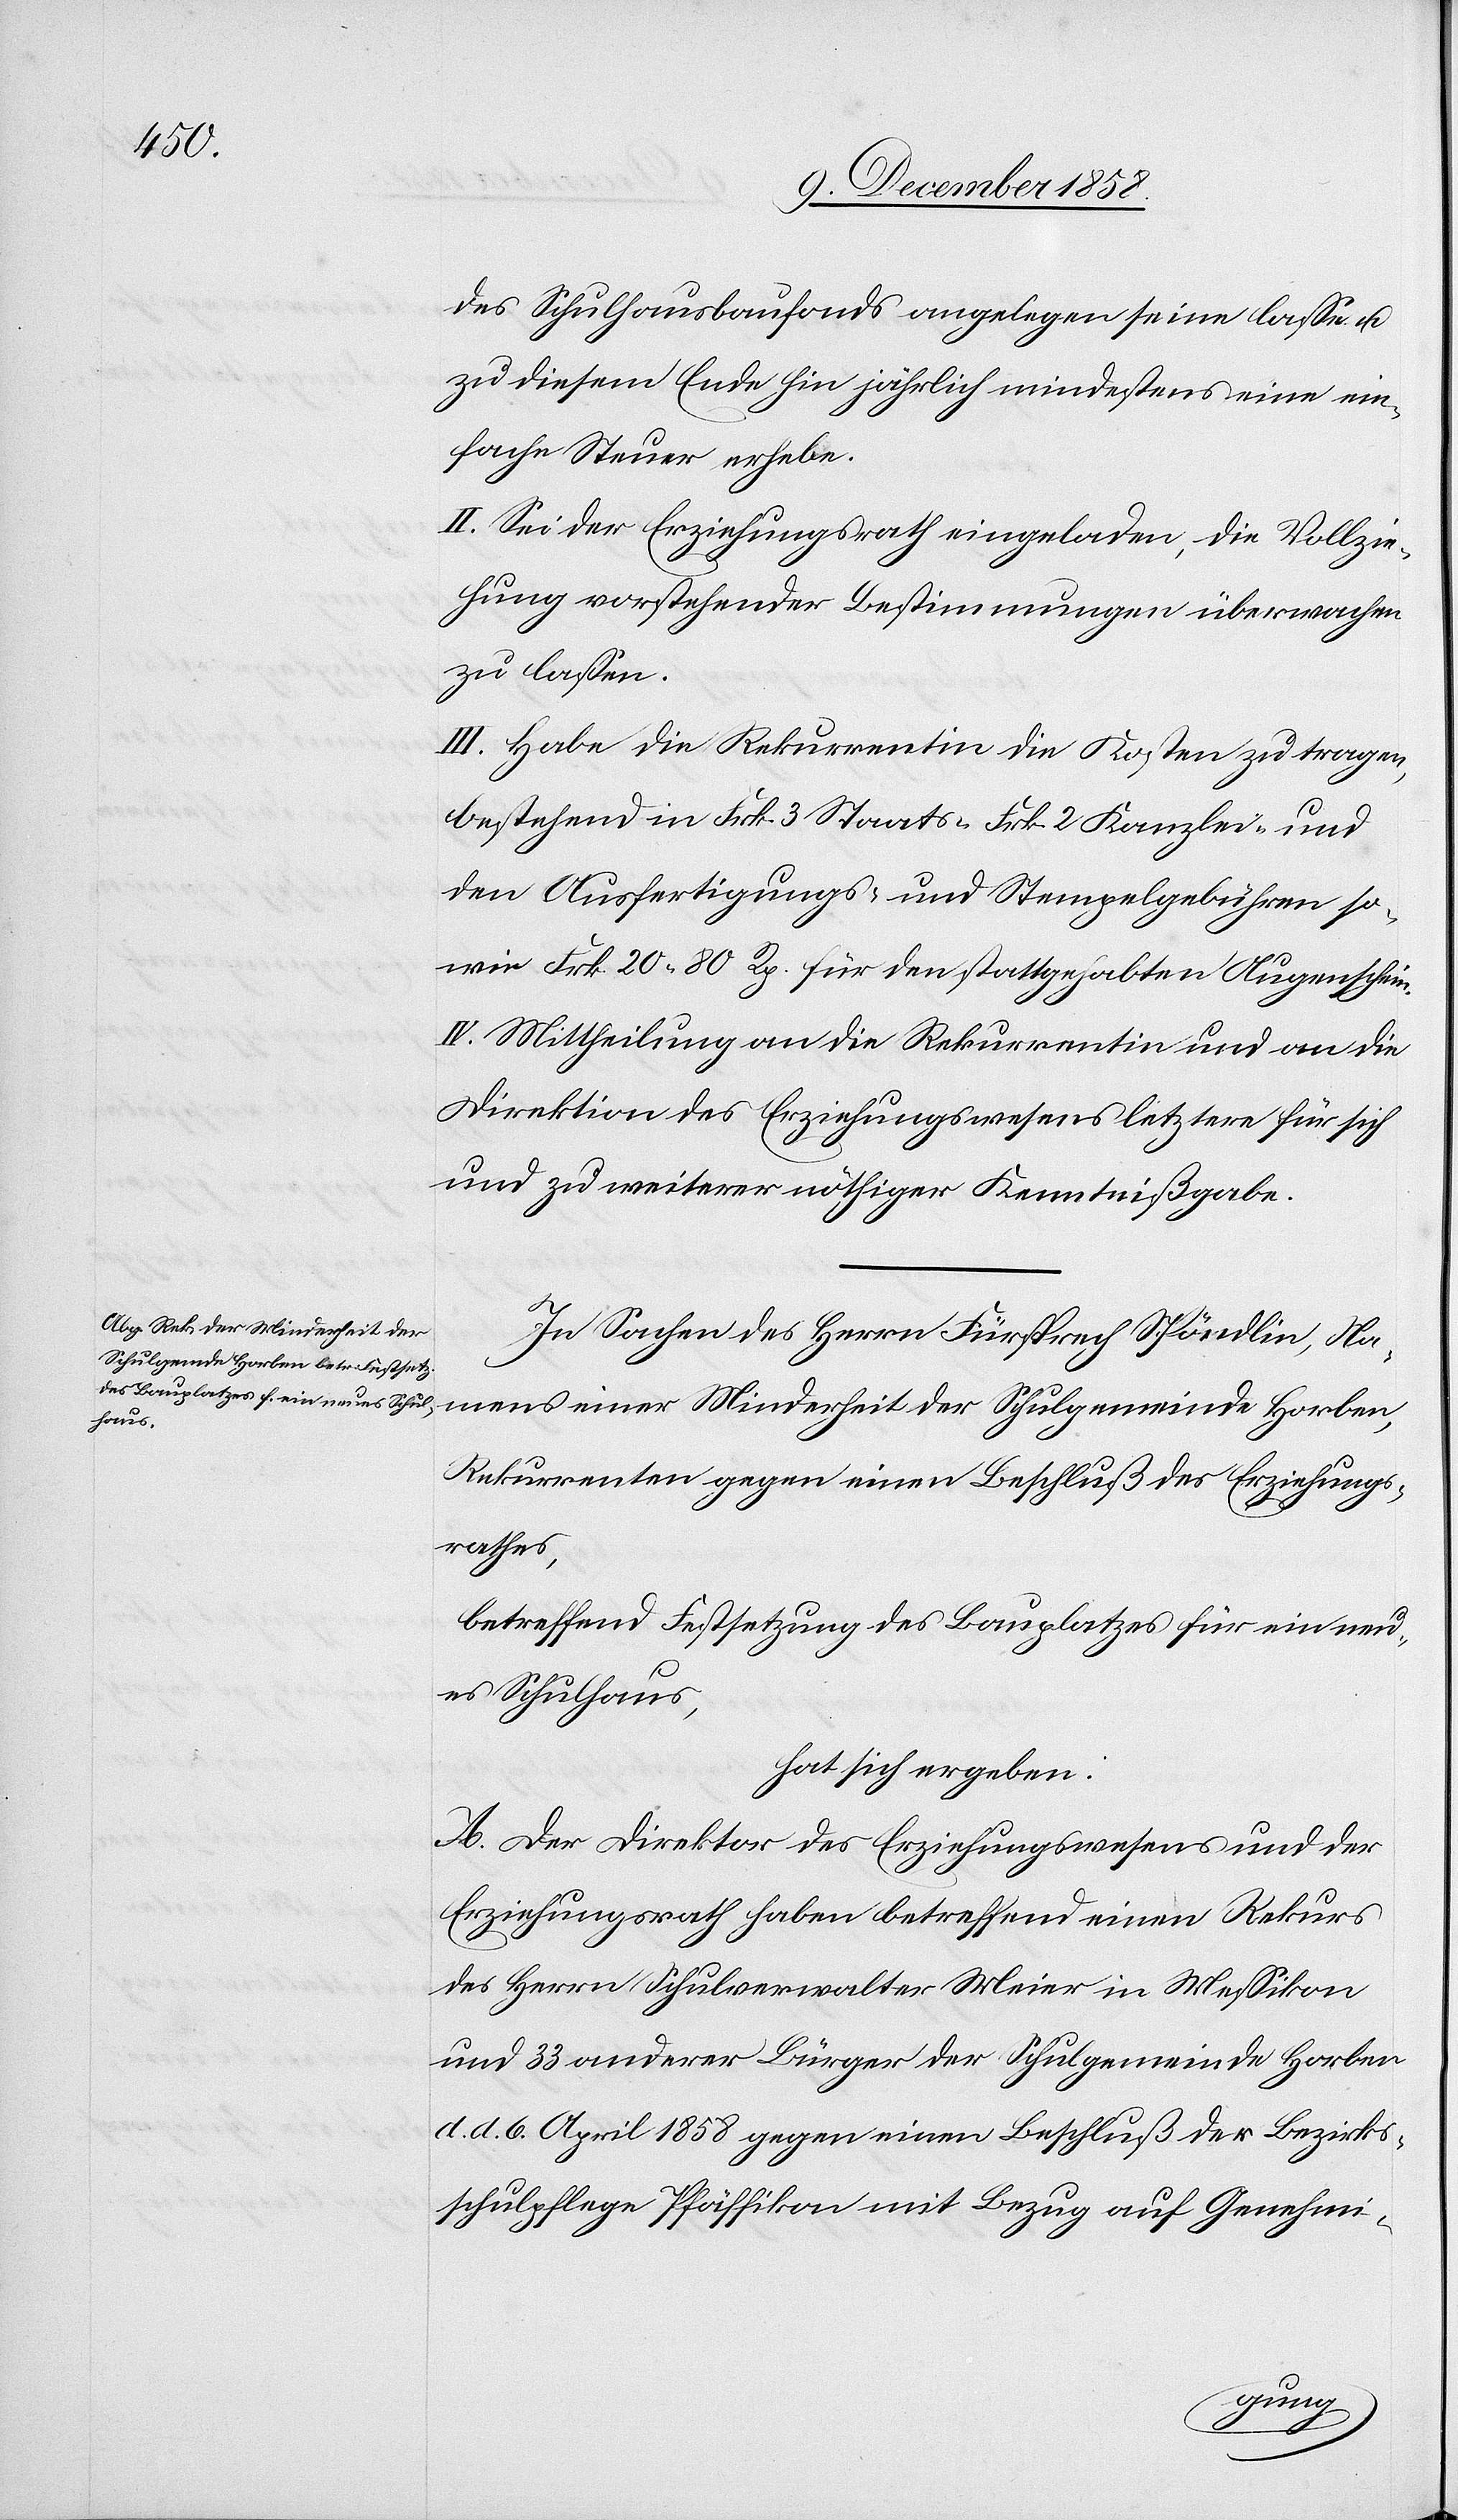
des Schulhausbaufonds angelegen seine [sic!]
zu diesem Ende hin jährlich mindestens eine ein¬
fache Steuer erhebe.
II. Sei der Erziehungsrath eingeladen, die Vollzie¬
hung vorstehender Bestimmungen überwachen
zu lassen.
III. Habe die Rekurrentin die Kosten zu tragen,
bestehend in Frk. 3 Staats-[,] Frk. 2 Kanzlei- und
den Ausfertigungs- und Stempelgebühren so¬
wie Frk. 20 80 Rp. für den stattgehabten Augenschein.
IV. Mittheilung an die Rekurrentin und an die
Direktion des Erziehungswesens letztere für sich
und zu weiterer nöthiger Kenntnißgabe.
In Sachen des Herrn Fürsprech Spöndlin, Na¬
mens einer Minderheit der Schulgemeinde Horben,
Rekurrenten gegen einen Beschluß des Erziehungs¬
rathes,
betreffend Festsetzung des Bauplatzes für ein neu¬
es Schulhaus,
hat sich ergeben:
A. Der Direktor des Erziehungswesens und der
Erziehungsrath haben betreffend einen Rekurs
des Herrn Schulverwalter Meier in Messikon
und 33 anderer Bürger der Schulgemeinde Horben
d. d. 6. April 1858 gegen einen Beschluß der Bezirks¬
schulpflege Pfäffikon mit Bezug auf Genehmi-